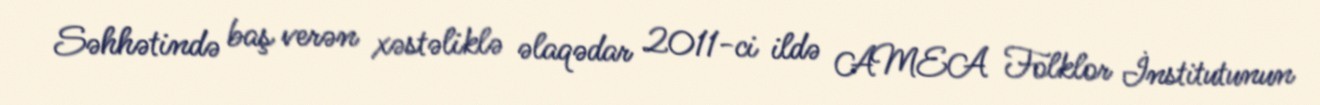
Səhhətində baş verən xəstəliklə əlaqədar 2011-ci ildə AMEA Folklor İnstitutunun